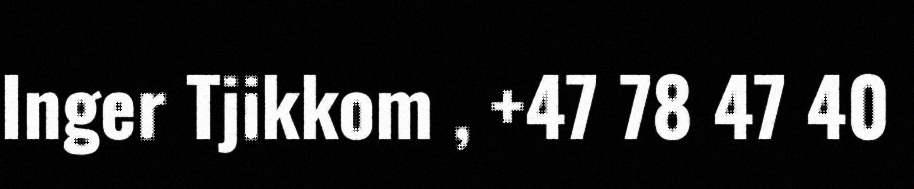
Inger Tjikkom , +47 78 47 40